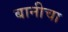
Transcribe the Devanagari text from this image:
बानीचा